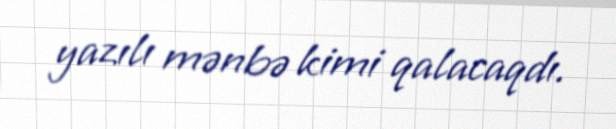
yazılı mənbə kimi qalacaqdı.